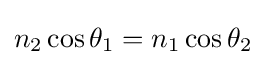
n_{2}\cos \theta _{1}=n_{1}\cos \theta _{2}